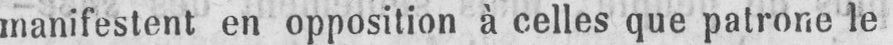
manifestent en opposition à celles que patrone le